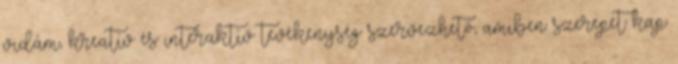
vidám, kreatív és interaktív tevékenység szervezhető, amiben szerepet kap